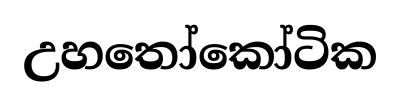
උහතෝකෝටික